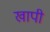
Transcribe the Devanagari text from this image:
खापी